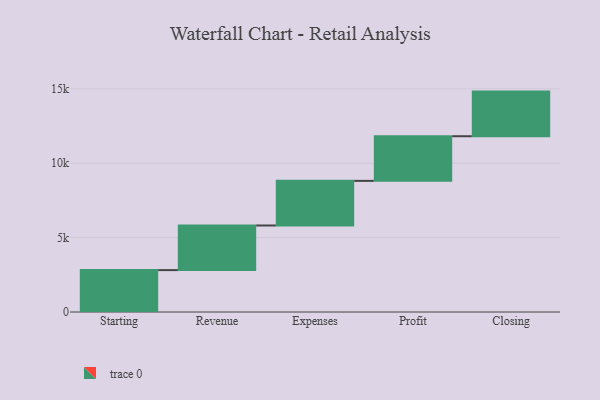
{"axis": {"x": "Step", "y": "Value"}, "legend": [""], "data": [{"x": "Starting", "y": 2815.0, "type": ""}, {"x": "Revenue", "y": 3000, "type": ""}, {"x": "Expenses", "y": 3000, "type": ""}, {"x": "Profit", "y": 3000, "type": ""}, {"x": "Closing", "y": 3000, "type": ""}]}